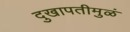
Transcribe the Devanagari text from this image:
दुखापतीमुळं